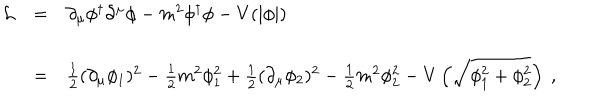
\begin{array} { r c l } { { { \cal L } } } & { { = } } & { { \partial _ { \mu } \phi ^ { \dagger } \partial ^ { \mu } \phi - m ^ { 2 } \phi ^ { \dagger } \phi - V ( | \phi | ) } } \\ { { } } & { { } } & { { } } \\ { { } } & { { = } } & { { \frac { 1 } { 2 } ( \partial _ { \mu } \phi _ { 1 } ) ^ { 2 } - \frac { 1 } { 2 } m ^ { 2 } \phi _ { 1 } ^ { 2 } + \frac { 1 } { 2 } ( \partial _ { \mu } \phi _ { 2 } ) ^ { 2 } - \frac { 1 } { 2 } m ^ { 2 } \phi _ { 2 } ^ { 2 } - V \left( \sqrt { \phi _ { 1 } ^ { 2 } + \phi _ { 2 } ^ { 2 } } \right) \ , } } \\ \end{array}